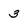
Character: 3